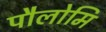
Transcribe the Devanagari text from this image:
पौलोमि